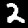
Label: 2